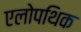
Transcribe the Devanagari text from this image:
एलोपथिक